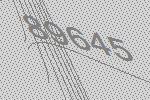
89645